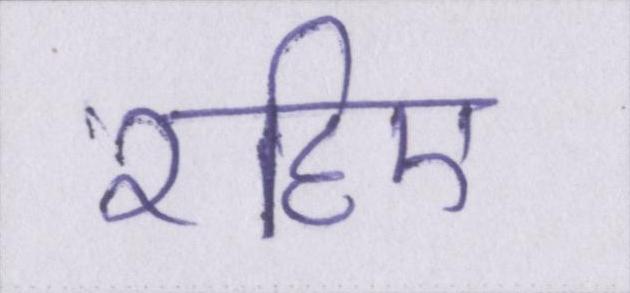
रहिए